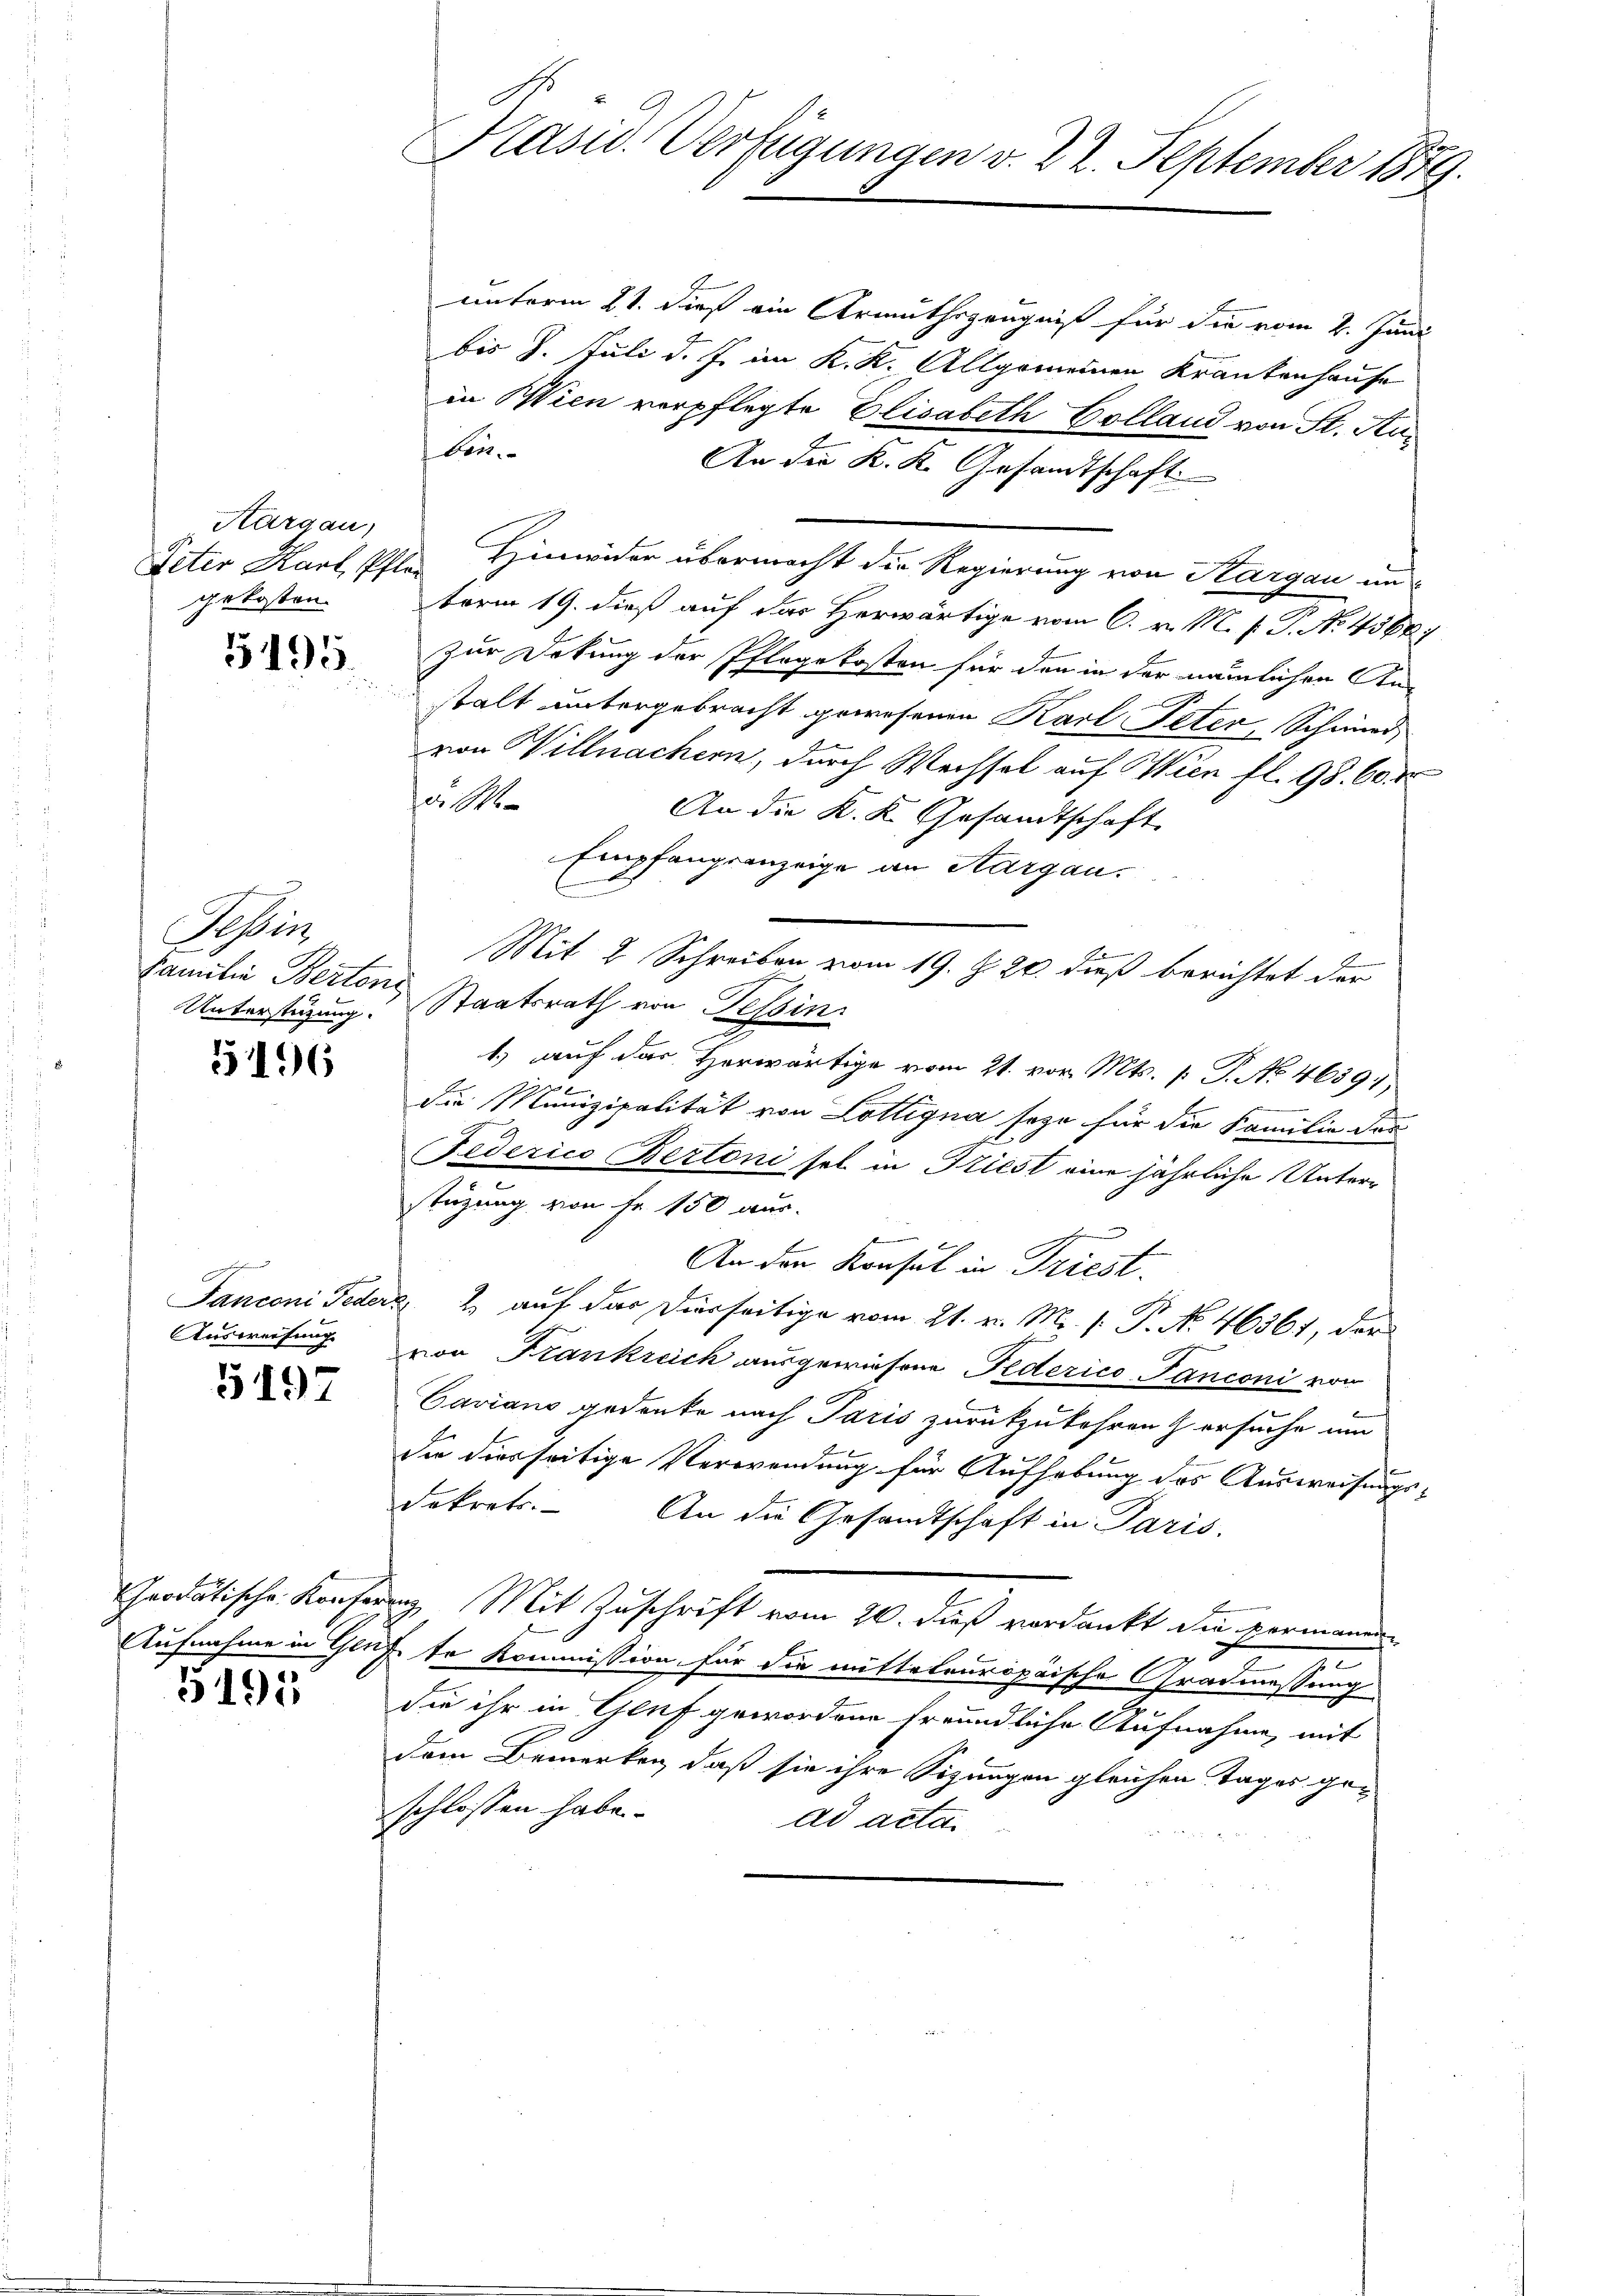
Aargau,

5495.

Sofer
Familie Bertons

5196

Ausweisung

5197

Aufnahme in Ge-
5195

unterm 21. dieß ein Armuthszeugnis für die vom 2. Juni
bis 7. Juli d. J. im K. K. Allgemeinen Krankenhause
in Wien verpflegte Elisabeth Colland von St. Auben.
An der K. K. Gesandtschaft
Peter Karl Elle Hinwider übermacht die Regierung von Kargau ungekosten. Form 19. dieß auf das Herwärtige vom 6. v. M. P. P. No. 43687
zur Dekung der Pflegekosten für den in der nämlichen Anstalt untergebracht gewesenen Karl Peter, Schwird
von Willmachern, durch Wechsel auf Wien fl. 98. 60 r
d. R.
An die K. K. Gesandtschaft
Empfangsanzeige an Aargau.
2
Mit 2 Schreiben vom 19. Z. 20. dieß berichtet der
Unterstüzung. Staatsrath von Tessin
1.) auf das Herwärtige vom 21. vor. Mts. 1. P. No. 46397
die Munizipalität von Lottigna seze für die Familie des
Federico Bertoni sel in Triest eine jährliche Unterstüzung von Fr. 150 aus.
An den Konsul in Triest.
Janconi Feder 2 auf das Dierseitige vom 21. v. M. (: P. N. 46361, der
von Frankreich ausgewiesene Federico Panconi von
Caviano gedenke nach Paris zurückzukehren ersuche um
die diesseitige Verwendung für Aufhebung des Ausweisungs-
dekrets. An die Gesandtschaft in Paris.
hrodatische Konferenz Mit Zuschrift vom 20. dieß verdankt die permanne
g
ufte Kommission für die mitteteuropaische Gradmessung
die ihr in Genf gewordene freundliche Aufnahme, mit
dem Bemerken, daß sie ihre Sitzungen gleichen Tages geschlossen habe.
ad acta.

Präsid. Verfügungen v. 22. September 1879.